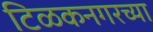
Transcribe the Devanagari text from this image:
टिळकनगरच्या